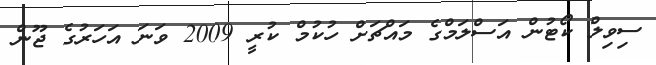
ސިވިލް ކޯޓުން އަސްލަމްގެ މައްޗަށް ހުކުމް ކުރީ 2009 ވަނަ އަހަރުގެ ޖޫން